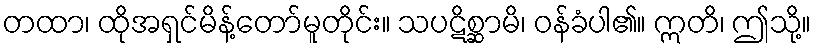
တထာ၊ ထိုအရှင်မိန့်တော်မူတိုင်း။ သပဋိစ္ဆာမိ၊ ဝန်ခံပါ၏။ ဣတိ၊ ဤသို့။